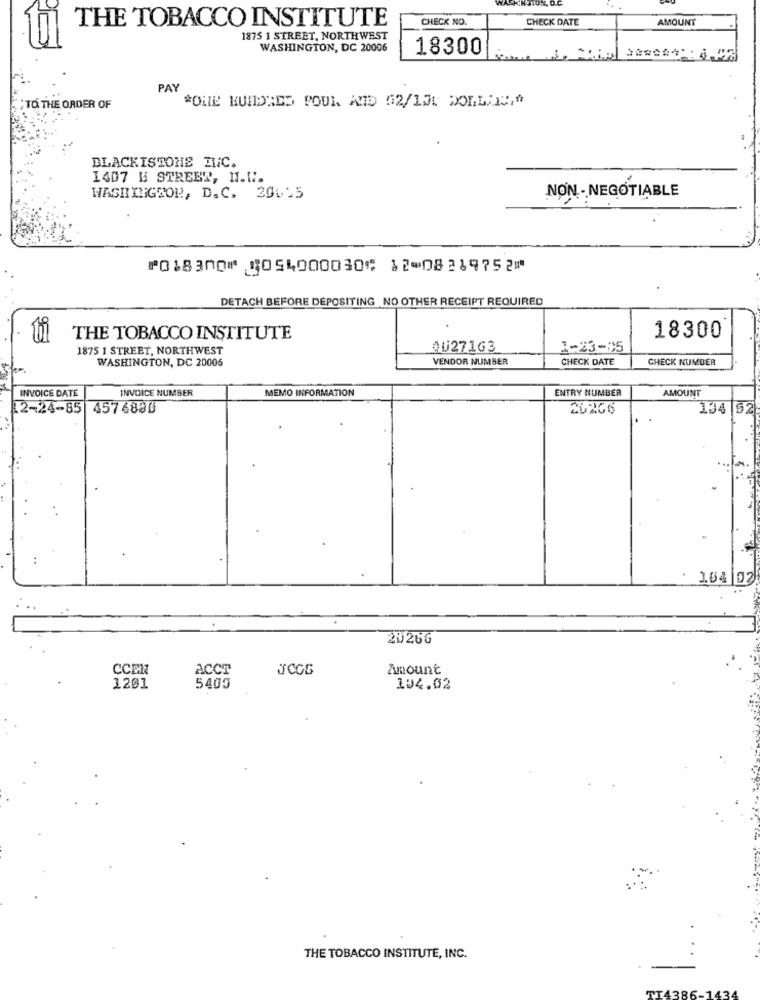
THE TOBACCO INSTITUTE
CHECK NO.
CHECK DATE
AMOUNT
1875 1 STREET, NORTHWEST
WASHINGTON, DC 20006
18300
PAY
*ONE HUNDRED POUL AND G2/100 DOLLARS,"
TO THE ORDER OF
BLACKISTOHE DUC.
1407 H STREET, N.H.
WASHINGTON, D.C. 20095
NON- NEGOTIABLE
⑈018300⑈ 5054000030⑆ 12⑉08219752⑈
DETACH BEFORE DEPOSITING NO OTHER RECEIPT REQUIRED
THE TOBACCO INSTITUTE
18300
1875 1 STREET, NORTHWEST
AU27163
1-23-05
WASHINGTON, DC 20006
VENDOR NUMBER
CHECK DATE
CHECK NUMBER
INVOICE DATE
INVOICE NUMBER
MEMO INFORMATION
ENTRY NUMBER
AMOUNT
12-24-85 4574890
20206
134 52
2026G
CCEN
ACCT
Amount
1201
5409
104.02
THE TOBACCO INSTITUTE, INC.
TI4386-1.